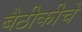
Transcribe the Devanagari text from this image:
बैठीकीचे